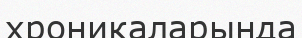
хроникаларында